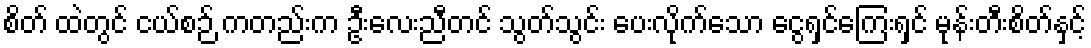
စိတ် ထဲတွင် ငယ်စဉ် ကတည်းက ဦးလေးညီတင် သွတ်သွင်း ပေးလိုက်သော ငွေရှင်ကြေးရှင် မုန်းတီးစိတ်နှင့်